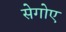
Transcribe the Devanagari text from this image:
सेगोए